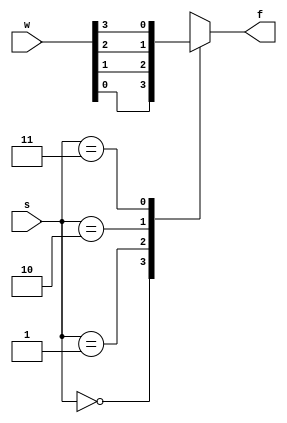
module mux4to1(w,s,f);

input [3:0]w;
input [1:0]s;
output reg f;

always@(w,s)
	case(s)
		0: f=w[0];
		1: f=w[1];
		2: f=w[2];
		3: f=w[3];
		default: f=1'bx;
	endcase
endmodule